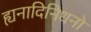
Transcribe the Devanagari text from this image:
ह्यनादिनिधनो